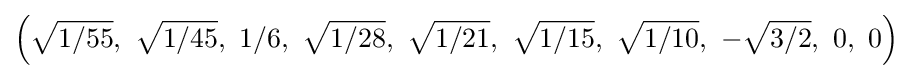
\left({\sqrt {1/55}},\ {\sqrt {1/45}},\ 1/6,\ {\sqrt {1/28}},\ {\sqrt {1/21}},\ {\sqrt {1/15}},\ {\sqrt {1/10}},\ -{\sqrt {3/2}},\ 0,\ 0\right)